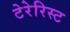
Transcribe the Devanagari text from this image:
टेरेरिस्ट